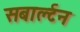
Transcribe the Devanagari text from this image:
सबार्ल्टन